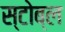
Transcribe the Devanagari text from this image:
स्टोब्ल